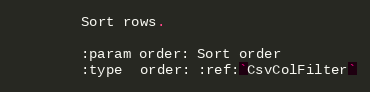
Language: Python
        Sort rows.

        :param order: Sort order
        :type  order: :ref:`CsvColFilter`